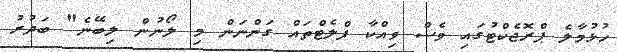
ހުޅުމާލެ ޕްރޮޖެކްޓުގައި ވެސް ވިއްކާ ފްލެޓްތައް ގަންނަން މި ލޯނުން ލިބޭނެ" ބަދުރު